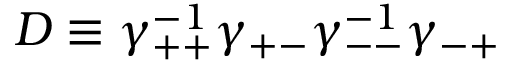
D \equiv \gamma _ { + + } ^ { - 1 } \gamma _ { + - } \gamma _ { -- } ^ { - 1 } \gamma _ { - + }